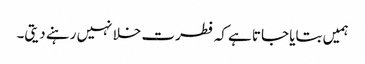
ہمیں بتایا جاتا ہے کہ فطرت خلا نہیں رہنے دیتی۔